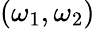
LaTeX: (\omega_{1},\omega_{2})